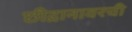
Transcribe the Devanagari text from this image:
छीद्रानावरची